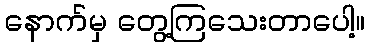
နောက်မှ တွေ့ကြသေးတာပေါ့။